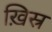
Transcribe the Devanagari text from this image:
ख़िस्र